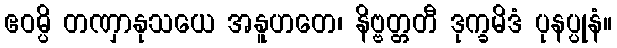
ဧဝမ္ပိ တဏှာနုသယေ အနူဟတေ၊ နိဗ္ဗတ္တတီ ဒုက္ခမိဒံ ပုနပ္ပုနံ။